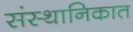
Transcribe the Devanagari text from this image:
संस्थानिकात